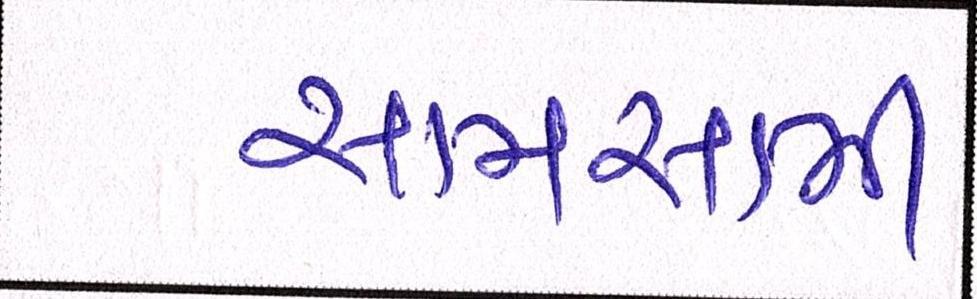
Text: સામસામી